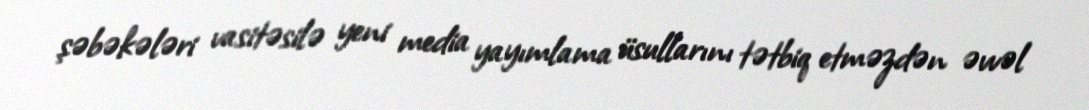
şəbəkələri vasitəsilə yeni media yayımlama üsullarını tətbiq etməzdən əvvəl